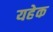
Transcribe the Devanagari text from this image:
यहेक